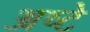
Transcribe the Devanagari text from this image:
अष्टे